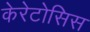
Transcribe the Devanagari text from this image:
केरेटोसिस